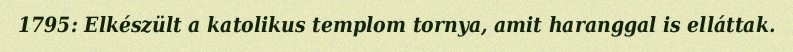
1795: Elkészült a katolikus templom tornya, amit haranggal is elláttak.